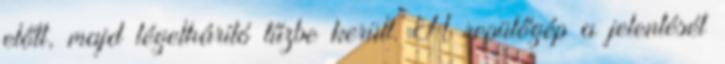
előtt, majd légelhárító tűzbe került. A repülőgép a jelentését